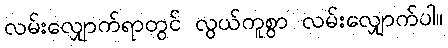
လမ်းလျှောက်ရာတွင် လွယ်ကူစွာ လမ်းလျှောက်ပါ။